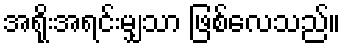
အရိုးအရင်းမျှသာ ဖြစ်လေသည်။